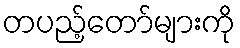
တပည့်တော်များကို